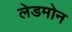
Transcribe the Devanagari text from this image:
लेडमोन